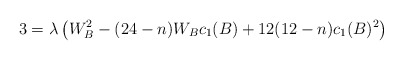
\begin{align*}3= \lambda \left( W_{B}^{2}- (24-n)W_{B}c_{1}(B) + 12(12-n)c_{1}(B)^{2} \right)\end{align*}